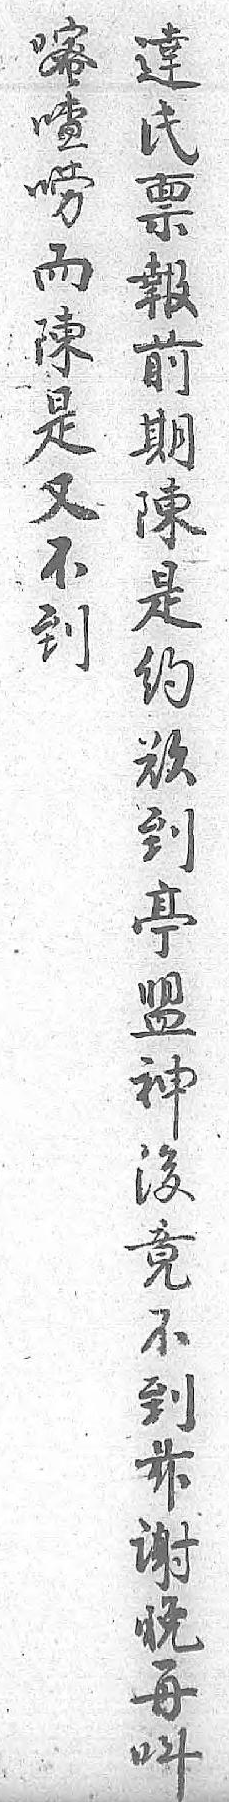
嘧達喳氏唠禀而報陳前是期又陳不是到約 欲 到 𠅘 盟 神 後 竟 不 到 兹 谢 晚 再 叫